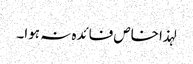
لہذا خاص فائدہ نہ ہوا۔